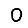
Digit: 0